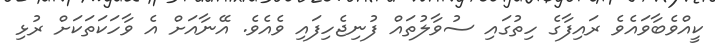
ކީއްވެބާވައެވެ ރައިފާގެ ހިތުގައި ސުވާލުތައް ފުނިޖެހިފައި ވެއެވެ. އޭނާއަށް އެ ވާހަކަތަކަށް ރުޅި